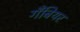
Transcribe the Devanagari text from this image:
गँबियर